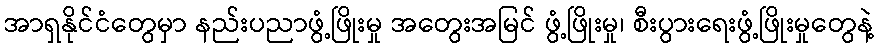
အာရှနိုင်ငံတွေမှာ နည်းပညာဖွံ့ဖြိုးမှု အတွေးအမြင် ဖွံ့ဖြိုးမှု၊ စီးပွားရေးဖွံ့ဖြိုးမှုတွေနဲ့